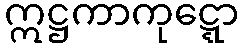
ဣဋ္ဌကာကုဋ္ဋော